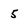
Character: 5